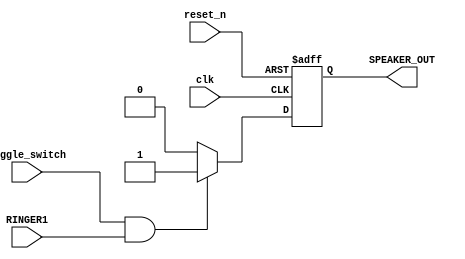
module ALARM_SM (
input   wire    reset_n,
                clk,
                Toggle_switch,
                RINGER1,

output  reg     SPEAKER_OUT
                
);

always @(posedge clk, negedge reset_n) begin

    if(!reset_n)begin
        
        SPEAKER_OUT = 0;
    end

    else begin
        if(Toggle_switch & RINGER1)
            SPEAKER_OUT = 1;
        
        else
            SPEAKER_OUT = 0;

    end

 
    end
    
endmodule